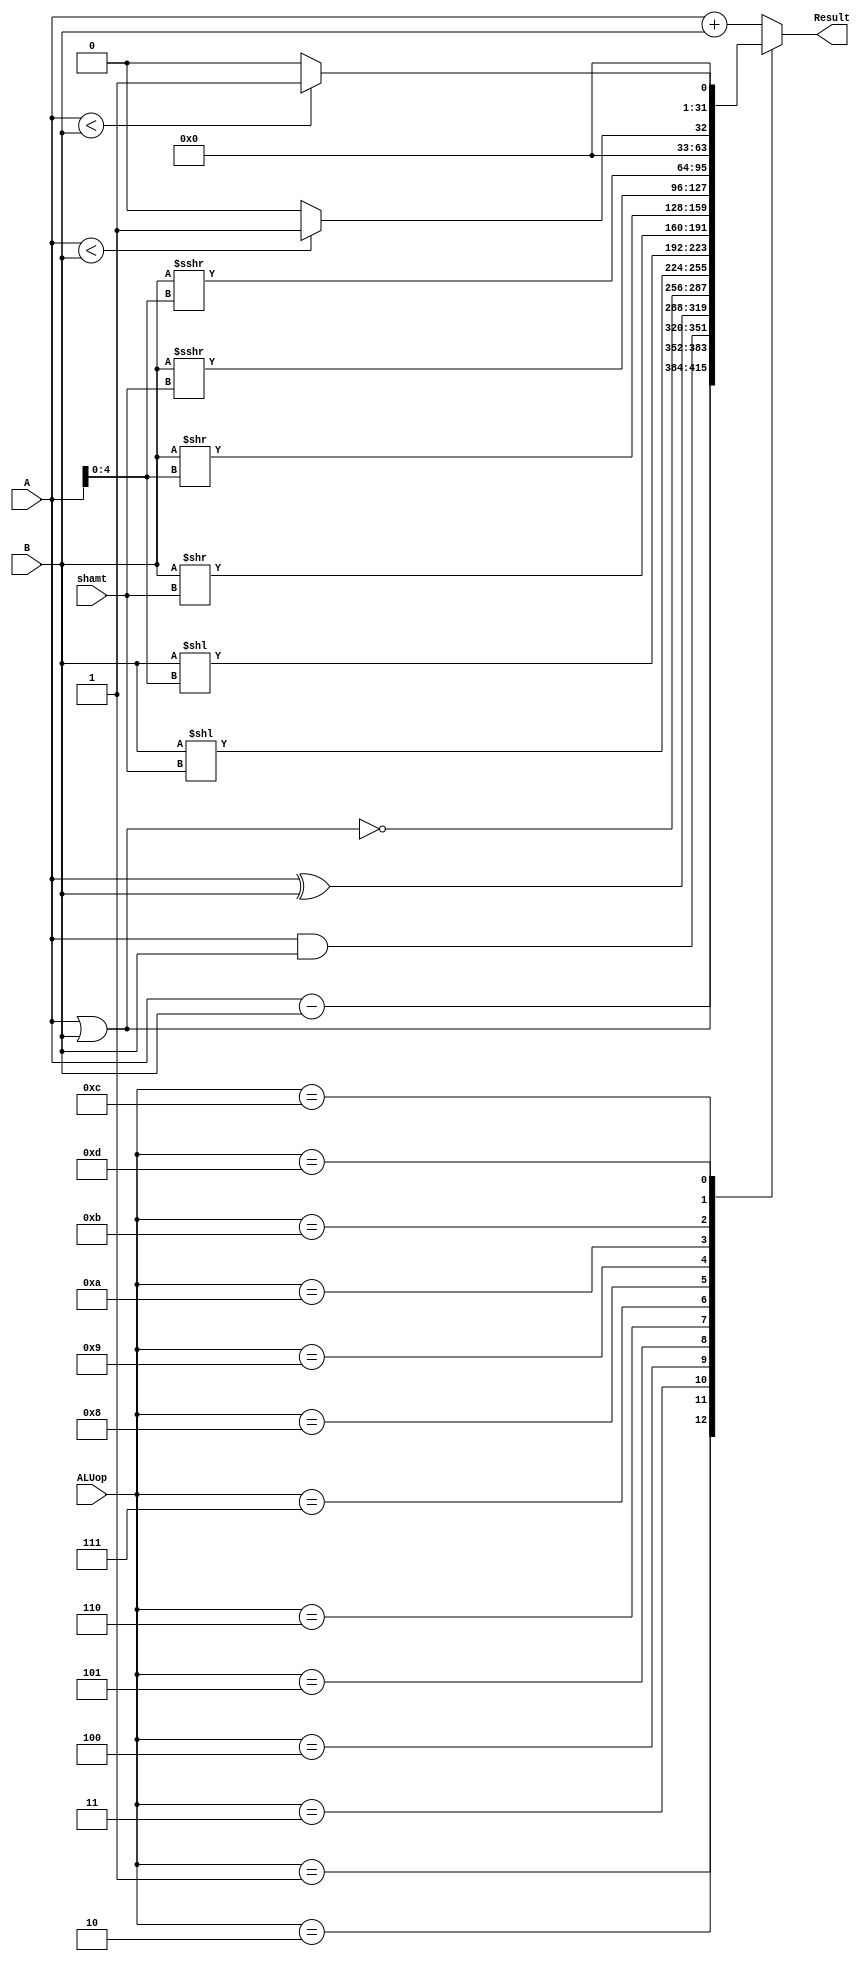
`timescale 1ns / 1ps
//////////////////////////////////////////////////////////////////////////////////
// Company: 
// Engineer: 
// 
// Design Name: 
// Module Name:    ALU 
// Project Name: 
// Target Devices: 
// Tool versions: 
// Description: 
//
// Dependencies: 
//
// Revision: 
// Revision 0.01 - File Created
// Additional Comments: 
//
//////////////////////////////////////////////////////////////////////////////////
module ALU(
    input[31:0] A,
	 input[31:0] B,
	 input[4:0] shamt,
	 input[3:0] ALUop,
	 output reg[31:0] Result=0
    );
   always@(*)begin
	   case(ALUop)
		4'b0000:Result=A+B;
		4'b0001:Result=A-B;
		4'b0010:Result=A|B;
		4'b0011:Result=A&B;
		4'b0100:Result=A^B;
		4'b0101:Result=~(A|B);
		4'b0110:Result=B<<shamt;
		4'b0111:Result=B<<A[4:0];
		4'b1000:Result=B>>shamt;
		4'b1001:Result=B>>A[4:0];
		4'b1010:Result=$signed(B)>>>shamt;
		4'b1011:Result=$signed(B)>>>A[4:0];
		4'b1100:Result=($signed(A)<$signed(B))?32'b1:32'b0;
		4'b1101:Result=(A<B)?32'b1:32'b0;
		default:Result=A+B;
		endcase
    end

endmodule